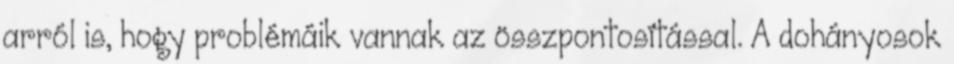
arról is, hogy problémáik vannak az összpontosítással. A dohányosok